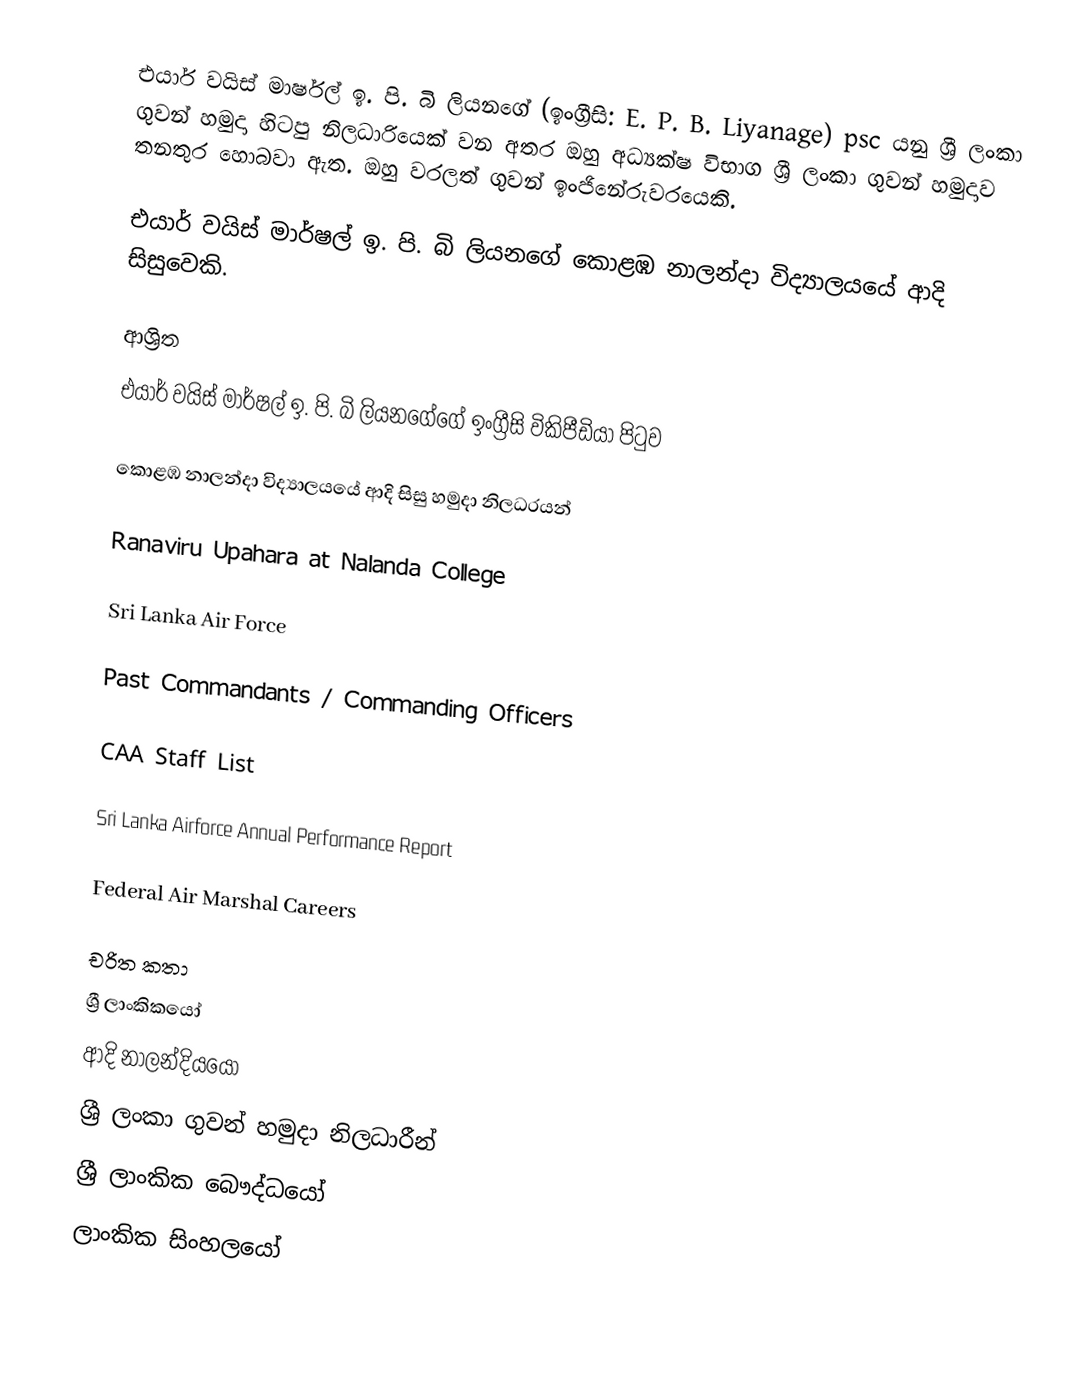
එයාර් වයිස් මාර්ෂල් ඉ. පි. බි ලියනගේ (ඉංග්‍රීසි: E. P. B. Liyanage) psc යනු  ශ්‍රී ලංකා ගුවන් හමුදා හිටපු නිලධාරියෙක් වන අතර ඔහු අධ්‍යක්ෂ විභාග ශ්‍රී ලංකා ගුවන් හමුදාව තනතුර හොබවා ඇත. ඔහු වරලත් ගුවන් ඉංජිනේරුවරයෙකි.

එයාර් වයිස් මාර්ෂල් ඉ. පි. බි ලියනගේ  කොළඹ නාලන්දා විද්‍යාලයයේ ආදි සිසුවෙකි.

ආශ්‍රිත
 එයාර් වයිස් මාර්ෂල් ඉ. පි. බි ලියනගේගේ ඉංග්‍රීසි විකිපීඩියා පිටුව

 කොළඹ නාලන්දා විද්‍යාලයයේ ආදි සිසු හමුදා නිලධරයන්

 Ranaviru Upahara at Nalanda College

 Sri Lanka Air Force

 Past Commandants / Commanding Officers

 CAA Staff List

 Sri Lanka Airforce Annual Performance Report

 Federal Air Marshal Careers

චරිත කතා
ශ්‍රී ලාංකිකයෝ
ආදි නාලන්දියයෝ
ශ්‍රී ලංකා ගුවන් හමුදා නිලධාරීන්
ශ්‍රී ලාංකික බෞද්ධයෝ
ලාංකික සිංහලයෝ